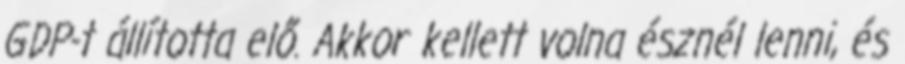
GDP-t állította elő. Akkor kellett volna észnél lenni, és